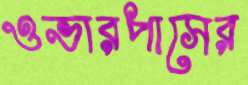
ওভারপাসের